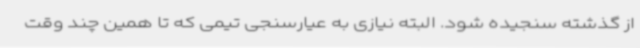
از گذشته سنجیده شود. البته نیازی به عیارسنجی تیمی که تا همین چند وقت